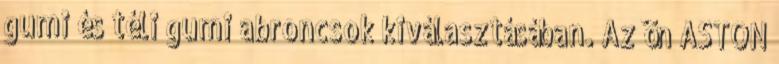
gumi és téli gumi abroncsok kiválasztásában. Az ön ASTON